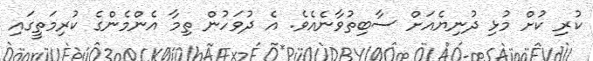
ކުރި ކުށް މުޅި ދުނިޔެއަށް ސާބިތުވާނެއެވެ. އެ ދުވަހުން ތިމާ އެންމެންގެ ކުރިމަތީގައި